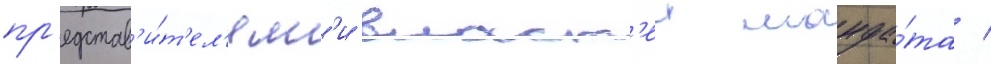
пр'едстав'и́т'ел'ям'и власт'еи манда́та /